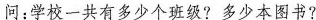
问：学校一共有多少个班级?多少本图书?